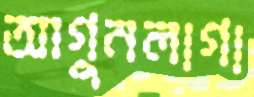
আগুনলাগা